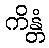
ကိန္တံ